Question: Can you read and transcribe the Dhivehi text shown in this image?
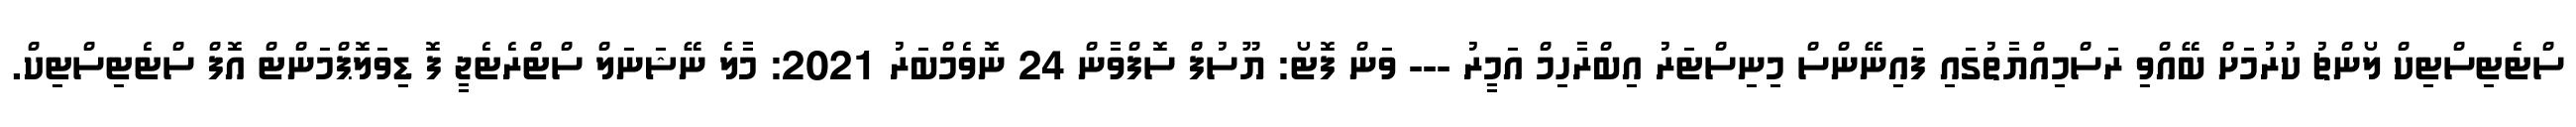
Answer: ސްޓެޓިސްޓިކް ލޯންޗު ކުރުމަށް ބޭއްވި ރަސްމިއްޔާތުގައި ފައިނޭންސް މިނިސްޓަރު އިބްރާހިމް އަމީރު --- ވަން ފޮޓޯ: ޔޫސުފް ސޮފްވާން 24 ނޮވެމްބަރު 2021: މާލެ ނޭޝަނަލް ސްޓްރެޓެޖީ ފޮ ޑިވަލޮޕްމަންޓް އޮފް ސްޓެޓިސްޓިކް.